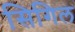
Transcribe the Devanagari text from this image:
सिगिल